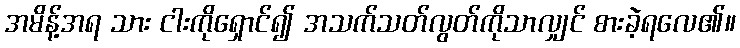
အမိန့်အရ သား ငါးကိုရှောင်၍ အသက်သတ်လွတ်ကိုသာလျှင် စားခဲ့ရလေ၏။